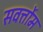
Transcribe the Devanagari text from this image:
सवर्त्तोम